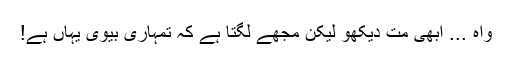
واہ ... ابھی مت دیکھو لیکن مجھے لگتا ہے کہ تمہاری بیوی یہاں ہے!